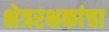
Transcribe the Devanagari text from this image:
क्षेत्ररक्षकांचा